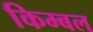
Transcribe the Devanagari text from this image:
किम्बल